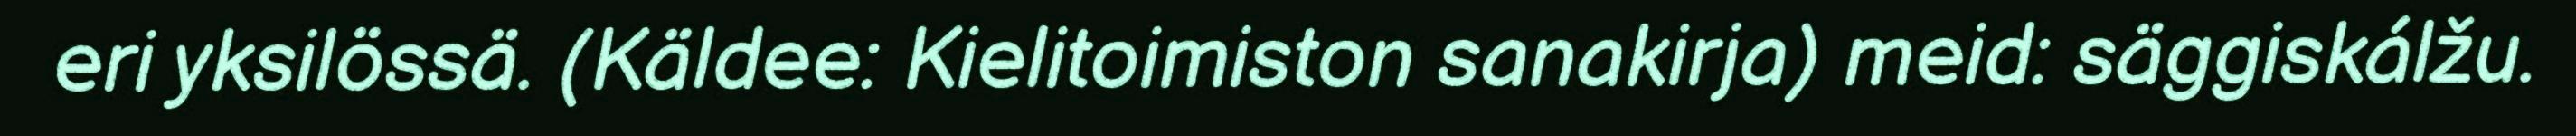
eri yksilössä. (Käldee: Kielitoimiston sanakirja) meid: säggiskálžu.